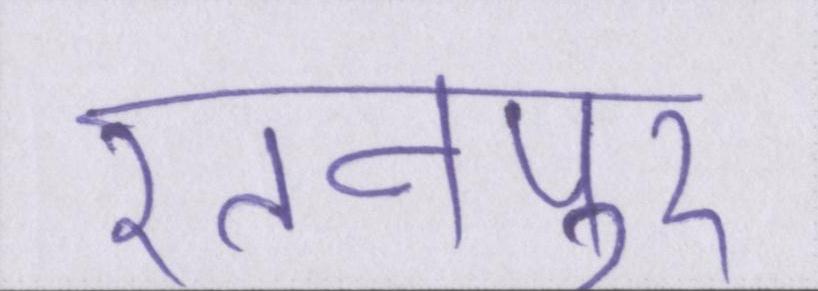
रतनपुर